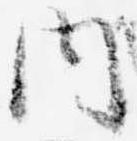
内